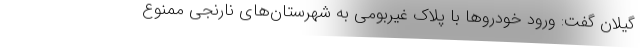
گیلان گفت: ورود خودروها با پلاک غیربومی به شهرستان‌های نارنجی ممنوع